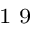
^ \textrm { \scriptsize 1 9 }